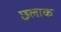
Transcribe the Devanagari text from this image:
छलाक